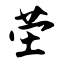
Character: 茔